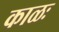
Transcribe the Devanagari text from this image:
काळः